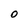
Character: 0